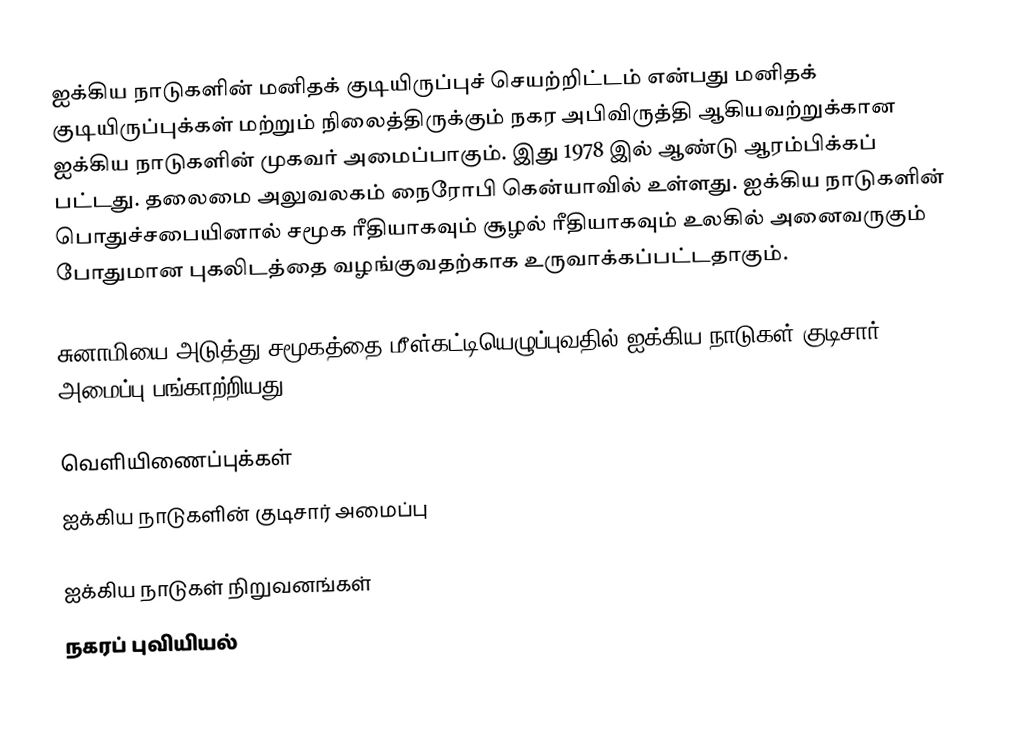
ஐக்கிய நாடுகளின் மனிதக் குடியிருப்புச் செயற்றிட்டம் என்பது மனிதக் குடியிருப்புக்கள் மற்றும் நிலைத்திருக்கும் நகர அபிவிருத்தி ஆகியவற்றுக்கான ஐக்கிய நாடுகளின் முகவர் அமைப்பாகும். இது 1978 இல் ஆண்டு ஆரம்பிக்கப் பட்டது. தலைமை அலுவலகம் நைரோபி கென்யாவில் உள்ளது. ஐக்கிய நாடுகளின் பொதுச்சபையினால் சமூக ரீதியாகவும் சூழல் ரீதியாகவும் உலகில் அனைவருகும் போதுமான புகலிடத்தை வழங்குவதற்காக உருவாக்கப்பட்டதாகும்.

சுனாமியை அடுத்து சமூகத்தை மீள்கட்டியெழுப்புவதில் ஐக்கிய நாடுகள் குடிசார் அமைப்பு பங்காற்றியது.

வெளியிணைப்புக்கள்
ஐக்கிய நாடுகளின் குடிசார் அமைப்பு

ஐக்கிய நாடுகள் நிறுவனங்கள்
நகரப் புவியியல்